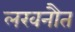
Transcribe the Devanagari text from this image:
लखनौत